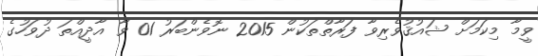
ވީމާ މިކަމަށް ޝައުޤުވެރިވާ ފަރާތްތަކުން 2015 ނޮވެންބަރު 01 ވާ އާދީއްތަ ދުވަހުގެ